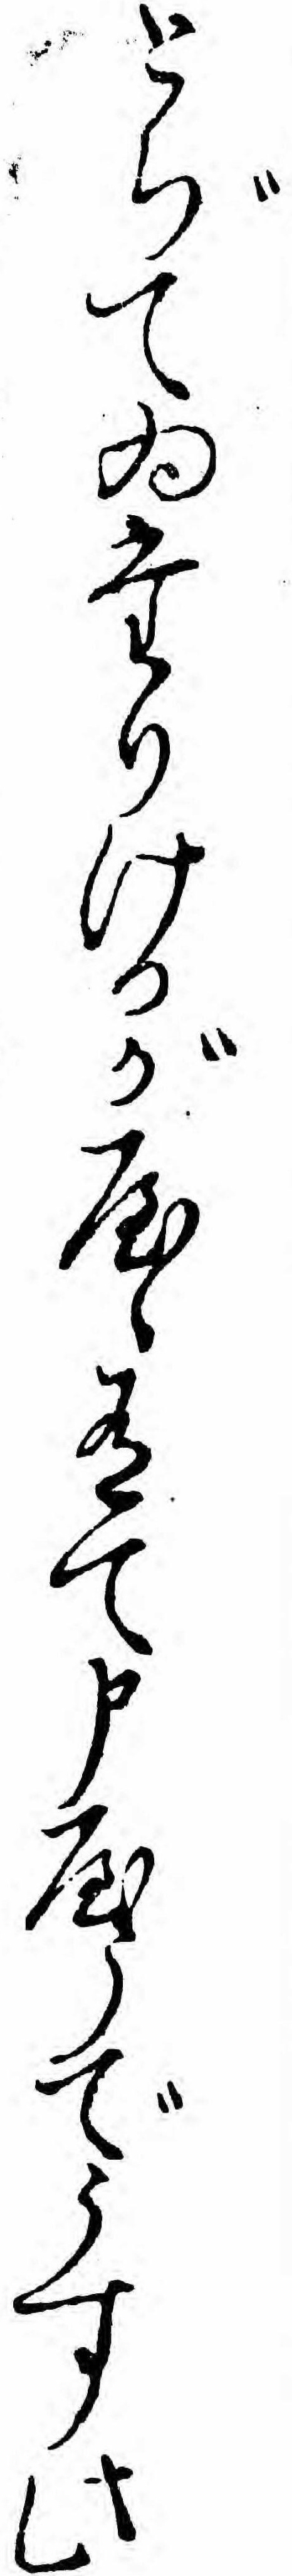
とぢてゐたりけるがやゝ有て申やうでうす此